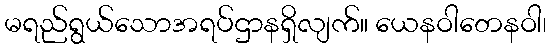
မရည်ရွယ်သောအရပ်ဌာနရှိလျက်။ ယေနဝါတေနဝါ၊